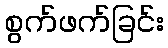
စွက်ဖက်ခြင်း